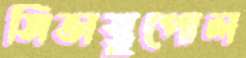
সিভাস্তুপোল